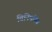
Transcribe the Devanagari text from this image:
विनिमयित